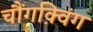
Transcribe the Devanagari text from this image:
चौंगक़्विंग